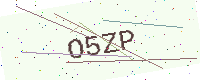
Text: O5ZP